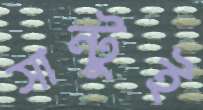
সান্টুই